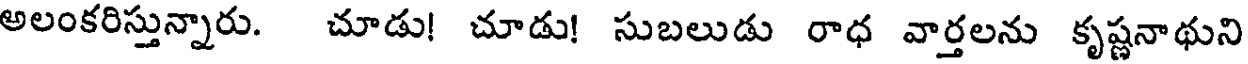
అలంకరిస్తున్నారు. చూడు! చూడు! సుబలుడు రాధ వార్తలను కృష్ణనాథుని